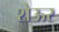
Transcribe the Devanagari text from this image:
शेऊर